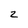
Character: 2